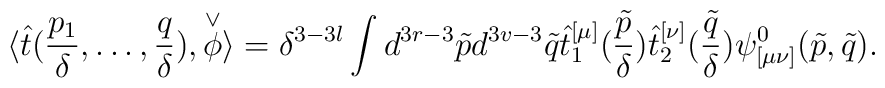
\langle\hat{t}(\frac{p_1}{\delta},\ldots ,\frac{q}{\delta}),\stackrel{\vee}{\phi}\rangle=\delta^{3-3l} \int d^{3r-3}\tilde{p} d^{3v-3}\tilde{q} \hat{t}_1^{[\mu]}(\frac{\tilde{p}}{\delta})\hat{t}_2^{[\nu]}( \frac{\tilde{q}}{\delta}) \psi_{[\mu\nu]}^0(\tilde{p},\tilde{q}).